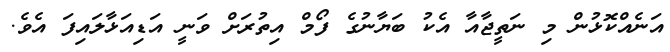
އަނެއްކޮޅުން މި ނަތީޖާއާ އެކު ބަޔާނުގެ ފޯމް އިތުރަށް ވަނީ އަޑިއަޅާލައިފަ އެވެ.